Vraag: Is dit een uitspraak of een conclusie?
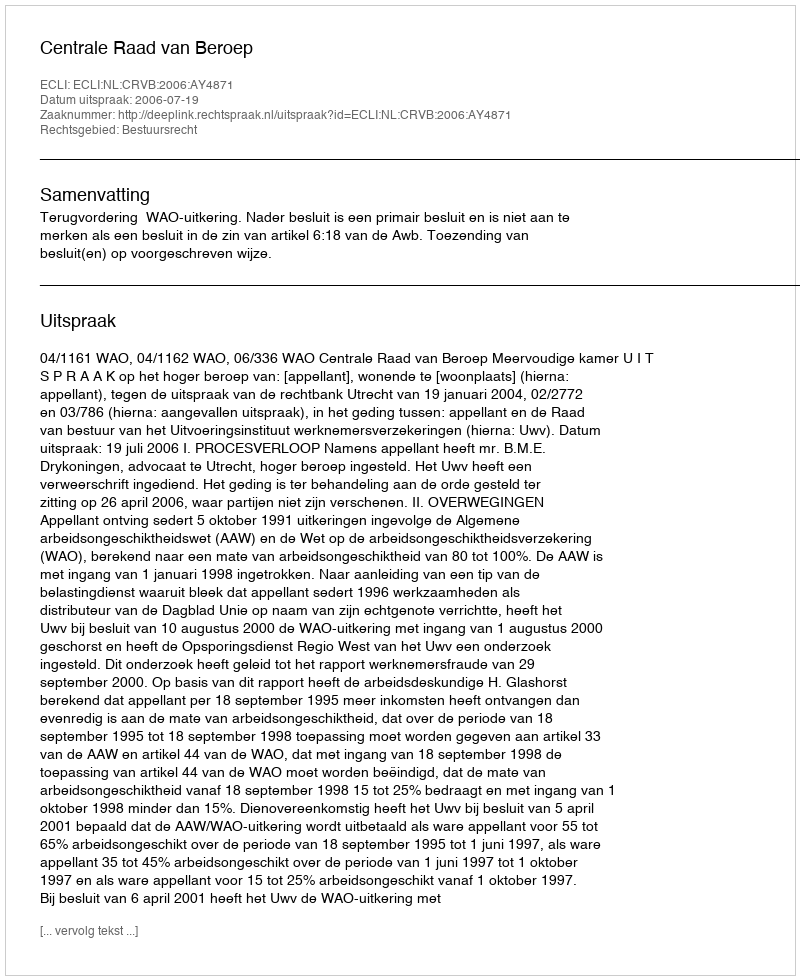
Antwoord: Uitspraak